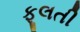
ફૂલતી